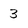
Character: 3